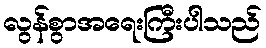
လွန်စွာအရေးကြီးပါသည်